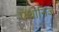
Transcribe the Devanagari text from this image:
एंथोनिज